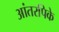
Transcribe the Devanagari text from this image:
आंतरपिके